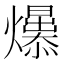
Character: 𤒁